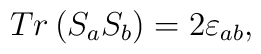
Tr\left( S_{a}S_{b}\right) =2\varepsilon _{ab},